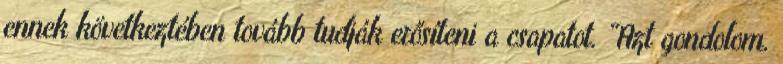
ennek következtében tovább tudják erősíteni a csapatot. “Azt gondolom,